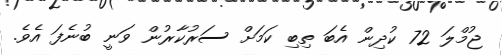
ޖުމްލަ 72 ކުދިން އެބަ ތިބި ކަމަށް ސަރުކާރުން ވަނީ ބުނެފަ އެވެ.